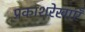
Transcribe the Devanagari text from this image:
प्रकाशरेखाएँ